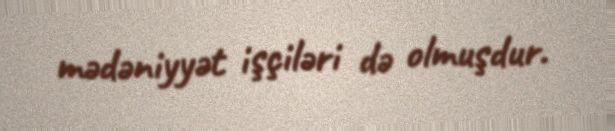
mədəniyyət işçiləri də olmuşdur.